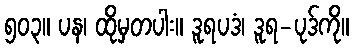
၅၀၃။ ပန၊ ထိုမှတပါး။ ဒူရပဒံ၊ ဒူရ-ပုဒ်ကို။